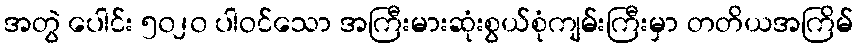
အတွဲ ပေါင်း ၅၀၂၀ ပါဝင်သော အကြီးမားဆုံးစွယ်စုံကျမ်းကြီးမှာ တတိယအကြိမ်